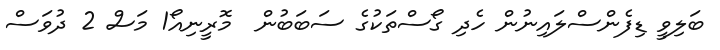
ބަލިވީ ޑިފެންސްލައިނުން ހެދި ގޯސްތަކުގެ ސަބަބުން  މޮރީނިއޯ1 މަސް 2 ދުވަސް